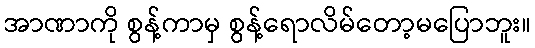
အာဏာကို စွန့်ကာမှ စွန့်ရောလိမ်တော့မပြောဘူး။